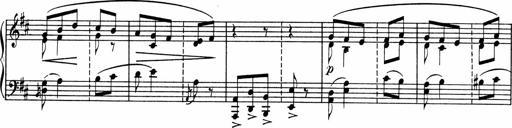
Title: Sonatine pour piano
Composer: Albert Roussel